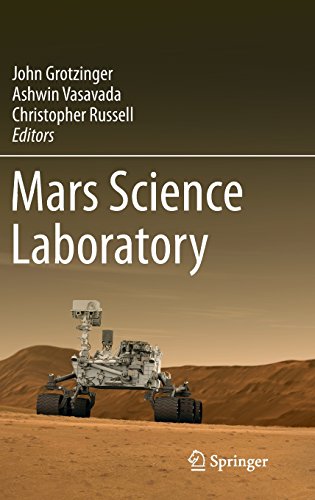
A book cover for Mars Science Laboratory; Science & Math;